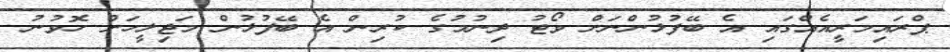
ޕްރައިމަރީއެއްގައި އެ ބޭފުޅުންނަށް ވޯޓު ދިނުމުގެ ކުރިން އެ ބޭފުޅުން މަޖިލީހަށް ހޮވުނު